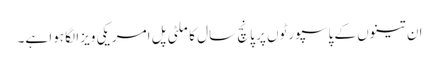
ان تینوں کے پاسپورٹوں پر پانچ سال کا ملٹی پل امریکی ویزا لگا ہوا ہے۔